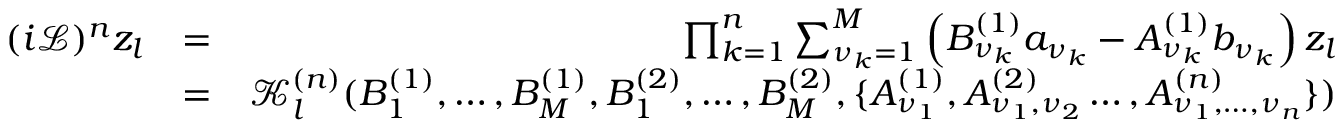
\begin{array} { r l r } { ( i \mathcal { L } ) ^ { n } z _ { l } } & { = } & { \prod _ { k = 1 } ^ { n } \sum _ { \nu _ { k } = 1 } ^ { M } \left( B _ { \nu _ { k } } ^ { ( 1 ) } a _ { \nu _ { k } } - A _ { \nu _ { k } } ^ { ( 1 ) } b _ { \nu _ { k } } \right) z _ { l } } \\ & { = } & { \mathcal { K } _ { l } ^ { ( n ) } ( B _ { 1 } ^ { ( 1 ) } , \dots , B _ { M } ^ { ( 1 ) } , B _ { 1 } ^ { ( 2 ) } , \dots , B _ { M } ^ { ( 2 ) } , \{ A _ { \nu _ { 1 } } ^ { ( 1 ) } , A _ { \nu _ { 1 } , \nu _ { 2 } } ^ { ( 2 ) } \dots , A _ { \nu _ { 1 } , \dots , \nu _ { n } } ^ { ( n ) } \} ) } \end{array}